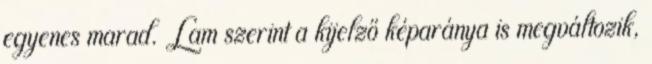
egyenes marad. Lam szerint a kijelző képaránya is megváltozik,